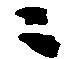
ニ